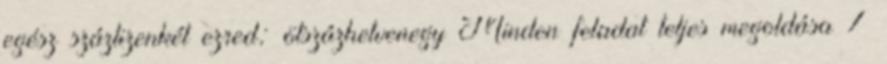
egész száztizenkét ezred; ötszázhetvenegy Minden feladat teljes megoldása 7